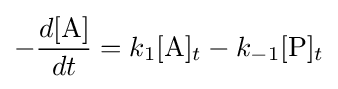
-{\frac {d[{\ce {A}}]}{dt}}=k_{1}[{\ce {A}}]_{t}-k_{-1}[{\ce {P}}]_{t}